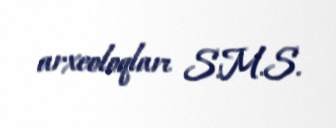
arxeoloqları S.M.S.